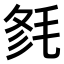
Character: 𣭫